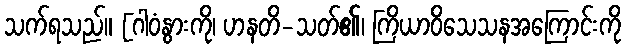
သက်ရသည်။ [ဂါဝံနွားကို၊ ဟနတိ-သတ်၏၊ ကြိယာဝိသေသနအကြောင်းကို